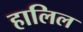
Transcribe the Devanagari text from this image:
हालिल